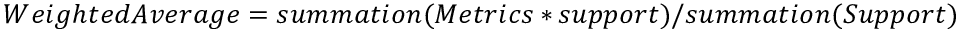
W e i g h t e d A v e r a g e = s u m m a t i o n ( M e t r i c s * s u p p o r t ) / s u m m a t i o n ( S u p p o r t )